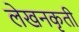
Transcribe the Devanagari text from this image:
लेखनकृती